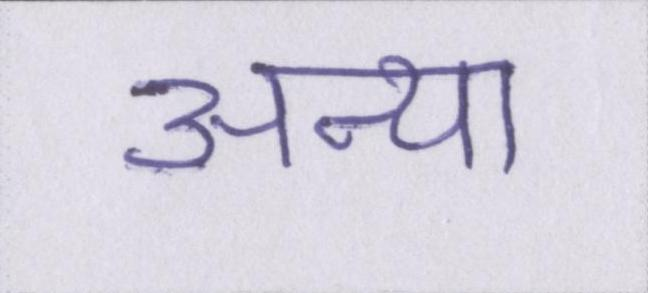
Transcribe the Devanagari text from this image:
अन्या